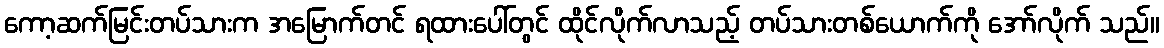
ကော့ဆက်မြင်းတပ်သားက အမြောက်တင် ရထားပေါ်တွင် ထိုင်လိုက်လာသည့် တပ်သားတစ်ယောက်ကို အော်လိုက် သည်။